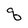
Character: q